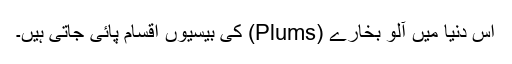
اس دنیا میں آلو بخارے (Plums) کی بيسيوں اقسام پائی جاتی ہیں۔